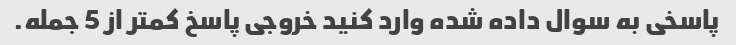
پاسخی به سوال داده شده وارد کنید خروجی پاسخ کمتر از 5 جمله.